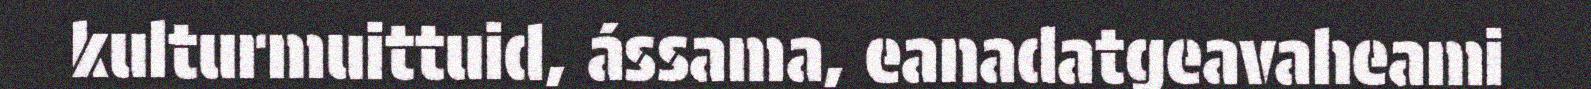
kulturmuittuid, ássama, eanadatgeavaheami